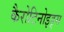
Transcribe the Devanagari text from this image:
कैरोटिनोइड्स